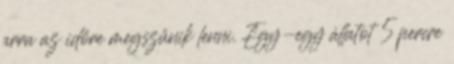
arra az időre megszűnik lenni. Egy-egy állatot 5 percre